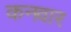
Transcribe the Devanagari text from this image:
कनवार